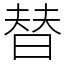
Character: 替